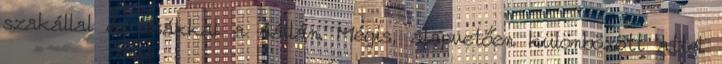
szakállal és zsákkal a vállán. Mégis, alapvetően különbözött attól